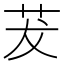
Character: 茇